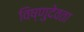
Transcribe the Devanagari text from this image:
विष्णुदेवता